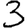
Digit: 3